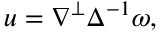
u = \nabla ^ { \perp } \Delta ^ { - 1 } \omega ,